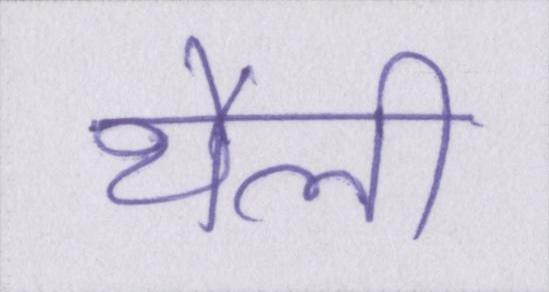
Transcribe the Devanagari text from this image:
थैली